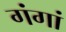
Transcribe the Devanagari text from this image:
गंगां